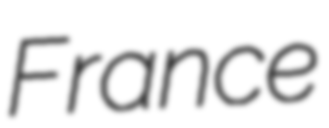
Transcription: France